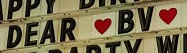
DEAR BV